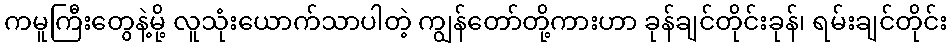
ကမူကြီးတွေနဲ့မို့ လူသုံးယောက်သာပါတဲ့ ကျွန်တော်တို့ကားဟာ ခုန်ချင်တိုင်းခုန်၊ ရမ်းချင်တိုင်း